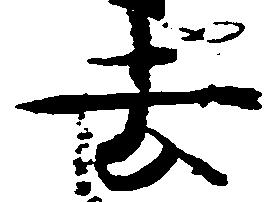
去